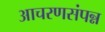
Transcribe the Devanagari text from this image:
आचरणसंपन्न